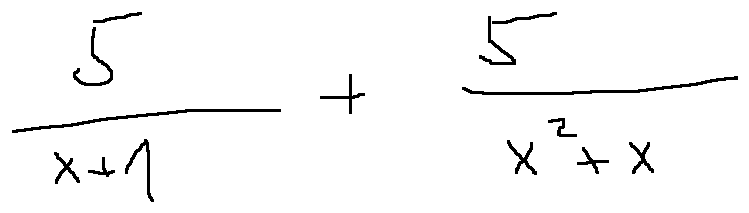
\frac { 5 } { x + 1 } + \frac { 5 } { x ^ { 2 } + x }